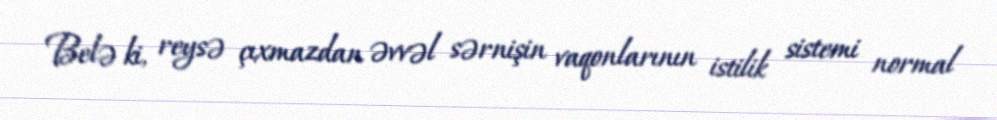
Belə ki, reysə çıxmazdan əvvəl sərnişin vaqonlarının istilik sistemi normal